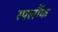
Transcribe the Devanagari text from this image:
स्पर्लौक